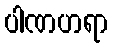
ပါဏဟရာ